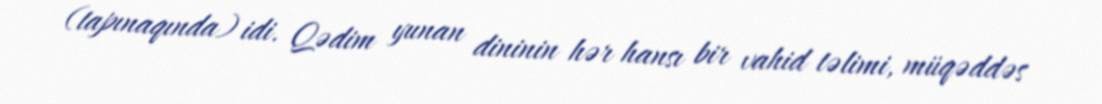
(tapınaqında) idi. Qədim yunan dininin hər hansı bir vahid təlimi, müqəddəs